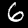
Label: 6